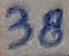
Text: 38